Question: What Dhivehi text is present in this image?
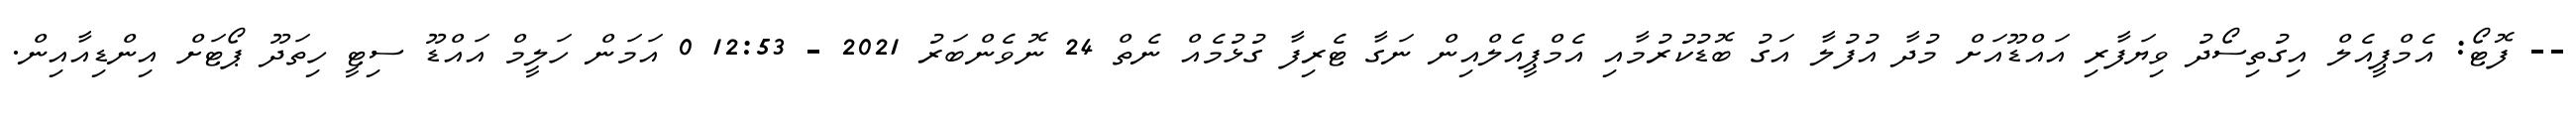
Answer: -- ފޮޓޯ: އެމްޕީއެލް އިގުތިސޯދު ވިޔަފާރި އައްޑޫއަށް މުދާ އުފުލާ އަގު ބޮޑުކުރުމާއި އެމްޕީއެލްއިން ނަގާ ޓެރިފާ ގުޅުމެއް ނެތް 24 ނޮވެންބަރު 2021 - 12:53 0 އަމަން ހަލީމް އައްޑޫ ސިޓީ ހިތަދޫ ޕޯޓަށް އިންޑިއާއިން.